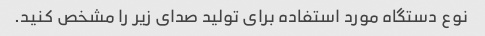
نوع دستگاه مورد استفاده برای تولید صدای زیر را مشخص کنید.